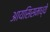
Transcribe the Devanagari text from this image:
आयसिसमध्ये